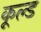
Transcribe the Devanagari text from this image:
कूल्‍ड